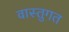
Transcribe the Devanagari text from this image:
वास्तुगत